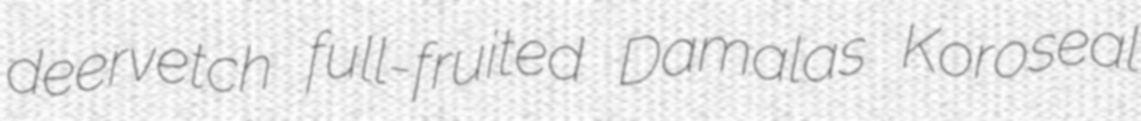
deervetch full-fruited Damalas Koroseal